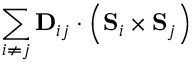
\sum _ { i \neq j } \mathbf { D } _ { i j } \cdot \left( \mathbf { S } _ { i } \times \mathbf { S } _ { j } \right)